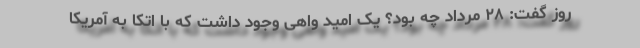
روز گفت: ۲۸ مرداد چه بود؟ یک امید واهی وجود داشت که با اتکا به آمریکا